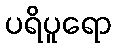
ပရိပူရော